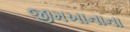
જીમખાનાના